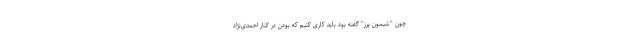
چون "شیمون پرز" گفته بود باید کاری کنیم که بودن در کنار احمدی‌نژاد